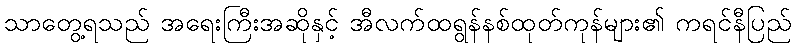
သာတွေ့ရသည် အရေးကြီးအဆိုနှင့် အီလက်ထရွန်နစ်ထုတ်ကုန်များ၏ ကရင်နီပြည်